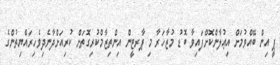
ޕީ އިން ބޭއްވުމަށް އިޢުލާންކޮށްފައިވާ ބޮޑު މުޒާހަރާ މި ޕާރޓީން އިންތިޒާމްކުރިގޮތަށް ކުރިއަށްދާނެދިވެހިރައްޔިތުންގެ